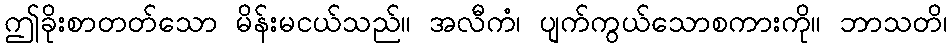
ဤခိုးစာတတ်သော မိန်းမငယ်သည်။ အလီကံ၊ ပျက်ကွယ်သောစကားကို။ ဘာသတိ၊